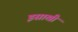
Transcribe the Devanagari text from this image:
इसाखी